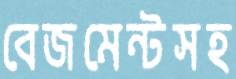
বেজমেন্টসহ